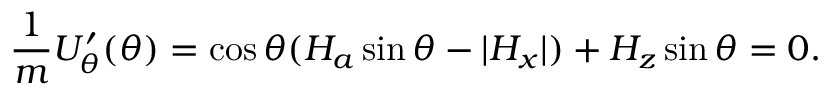
\frac { 1 } { m } U _ { \theta } ^ { \prime } ( \theta ) = \cos \theta ( H _ { a } \sin \theta - | { H _ { x } } | ) + H _ { z } \sin \theta = 0 .